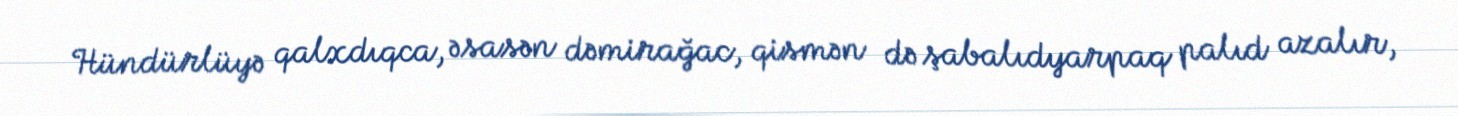
Hündürlüyə qalxdıqca, əsasən dəmirağac, qismən də şabalıdyarpaq palıd azalır,